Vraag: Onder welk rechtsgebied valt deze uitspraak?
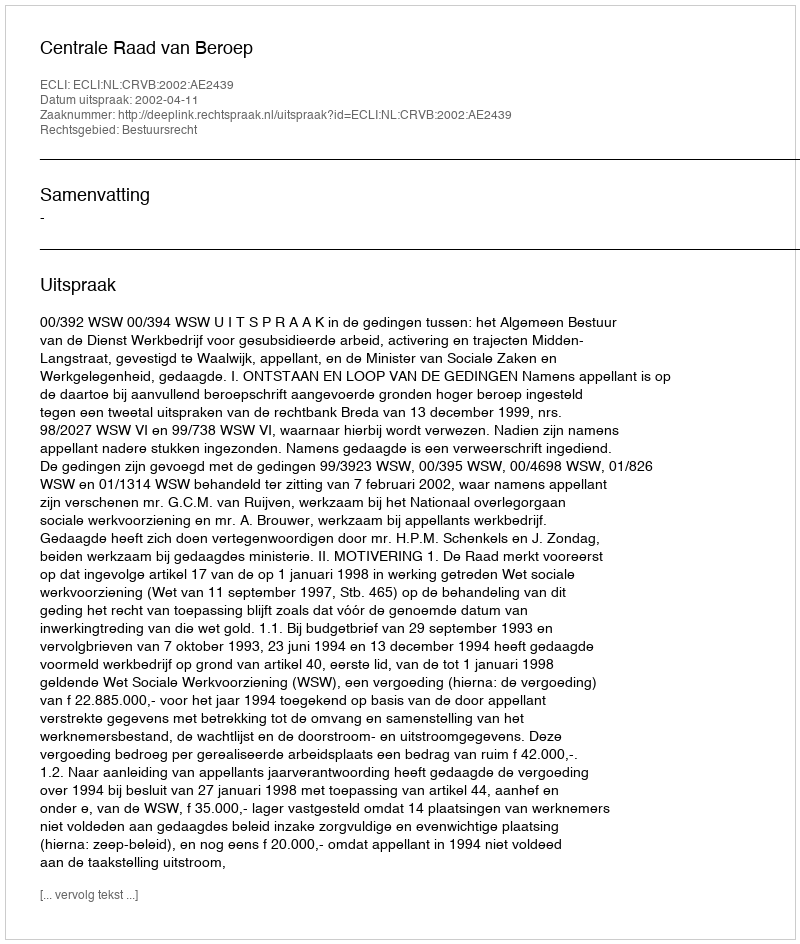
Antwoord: Bestuursrecht